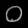
Digit: ၀